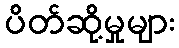
ပိတ်ဆို့မှုများ